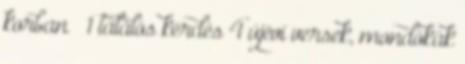
korban ♥ 1 találós kérdés 4 újévi versek, mondókák